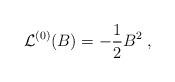
LaTeX: \begin{align*}{\cal L}^{(0)}(B)=-{1\over 2}B^2\; ,\end{align*}